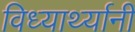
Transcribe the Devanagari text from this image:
विध्यार्थ्यानी